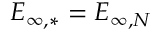
E _ { \infty , * } = E _ { \infty , N }